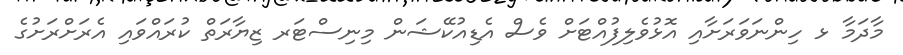
މާދަމާ ޅ ހިންނަވަރަށާއި އޮޅުވެލިފުއްޓަށް ވެސް އެޑިއުކޭޝަން މިނިސްޓަރ ޒިޔާރަތް ކުރައްވައި އެރަށްރަށުގެ